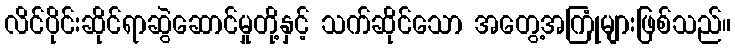
လိင်ပိုင်းဆိုင်ရာဆွဲဆောင်မှုတို့နှင့် သက်ဆိုင်သော အတွေ့အကြုံများဖြစ်သည်။